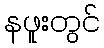
နဖူးတွင်